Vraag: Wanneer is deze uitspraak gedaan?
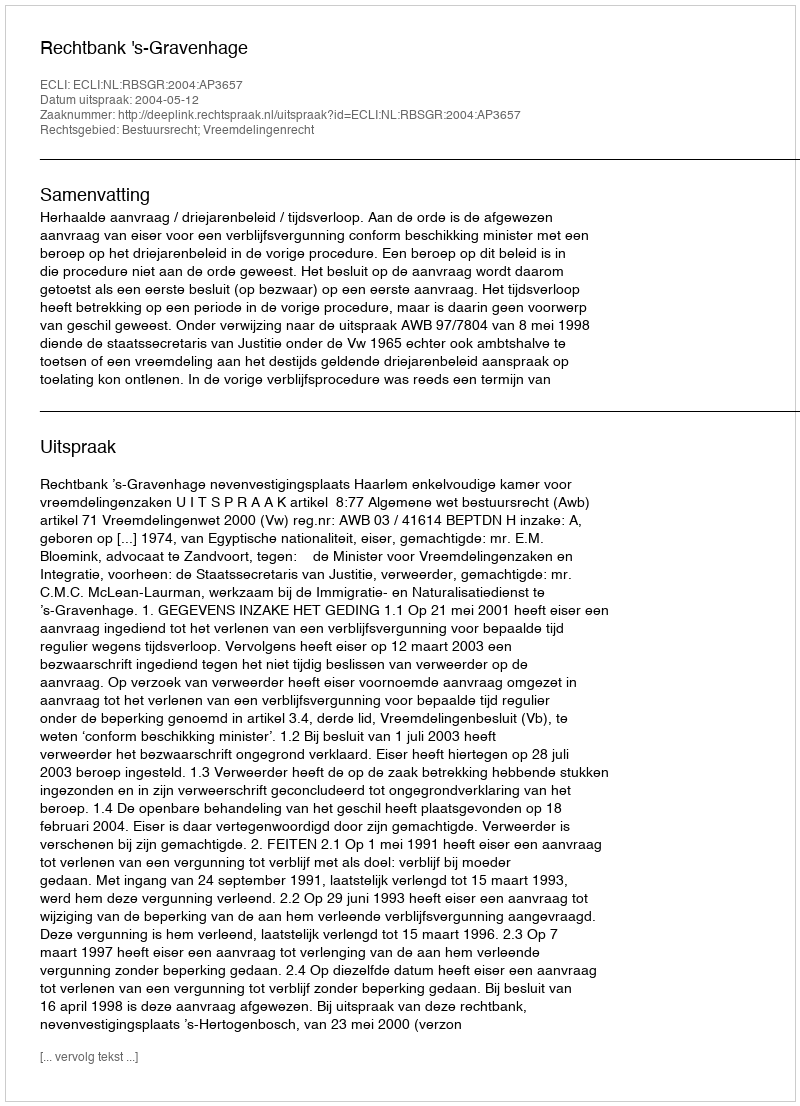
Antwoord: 2004-05-12